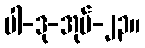
ပါ-ဒု-အုပ်-၂၃။